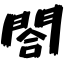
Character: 閤